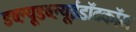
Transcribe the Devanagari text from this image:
डब्ल्यूडब्ल्यूईडॉटकॉम